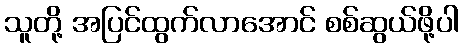
သူတို့ အပြင်ထွက်လာအောင် စစ်ဆွယ်ဖို့ပါ